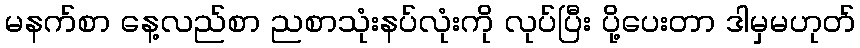
မနက်စာ နေ့လည်စာ ညစာသုံးနပ်လုံးကို လုပ်ပြီး ပို့ပေးတာ ဒါမှမဟုတ်